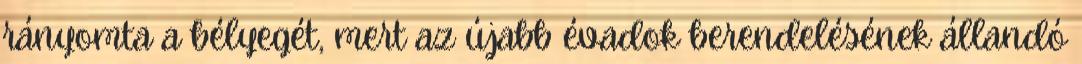
rányomta a bélyegét, mert az újabb évadok berendelésének állandó